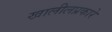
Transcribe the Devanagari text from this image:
खालीलप्रकारे